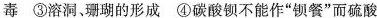
毒 ③溶洞、珊瑚的形成 ④碳酸钡不能作”钡餐”而硫酸